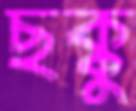
ছক্কু